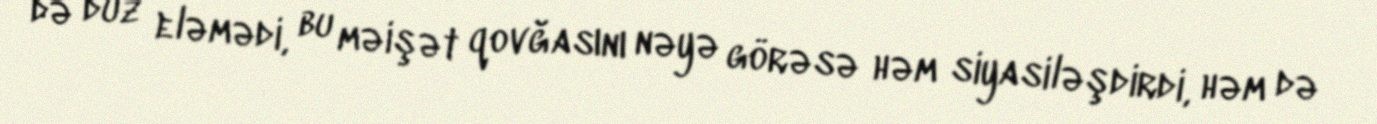
də düz eləmədi, bu məişət qovğasını nəyə görəsə həm siyasiləşdirdi, həm də